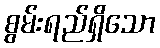
စွမ်းရည်ရှိသော